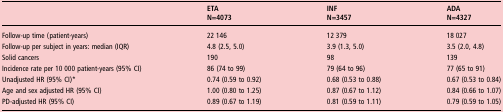
<table><thead><tr><td rowspan="2"><b> </b></td><td><b>ETA</b></td><td><b>INF</b></td><td><b>ADA</b></td></tr><tr><td><b>N=4073</b></td><td><b>N=3457</b></td><td><b>N=4327</b></td></tr></thead><tbody><tr><td>Follow-up time (patient-years)</td><td>22 146</td><td>12 379</td><td>18 027</td></tr><tr><td>Follow-up per subject in years: median (IQR)</td><td>4.8 (2.5, 5.0)</td><td>3.9 (1.3, 5.0)</td><td>3.5 (2.0, 4.8)</td></tr><tr><td>Solid cancers</td><td>190</td><td>98</td><td>139</td></tr><tr><td>Incidence rate per 10 000 patient-years (95% CI)</td><td>86 (74 to 99)</td><td>79 (64 to 96)</td><td>77 (65 to 91)</td></tr><tr><td>Unadjusted HR (95% CI)*</td><td>0.74 (0.59 to 0.92)</td><td>0.68 (0.53 to 0.88)</td><td>0.67 (0.53 to 0.84)</td></tr><tr><td>Age and sex adjusted HR (95% CI)</td><td>1.00 (0.80 to 1.25)</td><td>0.87 (0.67 to 1.12)</td><td>0.84 (0.66 to 1.07)</td></tr><tr><td>PD-adjusted HR (95% CI)</td><td>0.89 (0.67 to 1.19)</td><td>0.81 (0.59 to 1.11)</td><td>0.79 (0.59 to 1.05)</td></tr></tbody></table>